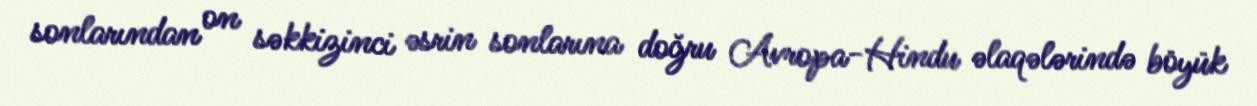
sonlarından on səkkizinci əsrin sonlarına doğru Avropa-Hindu əlaqələrində böyük